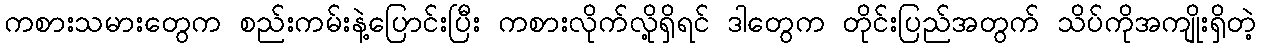
ကစားသမားတွေက စည်းကမ်းနဲ့ပြောင်းပြီး ကစားလိုက်လို့ရှိရင် ဒါတွေက တိုင်းပြည်အတွက် သိပ်ကိုအကျိုးရှိတဲ့